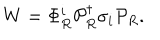
W = \Phi _ { R } ^ { i } { \cal P } _ { R } ^ { \dagger } \sigma _ { i } { \cal P } _ { R } .